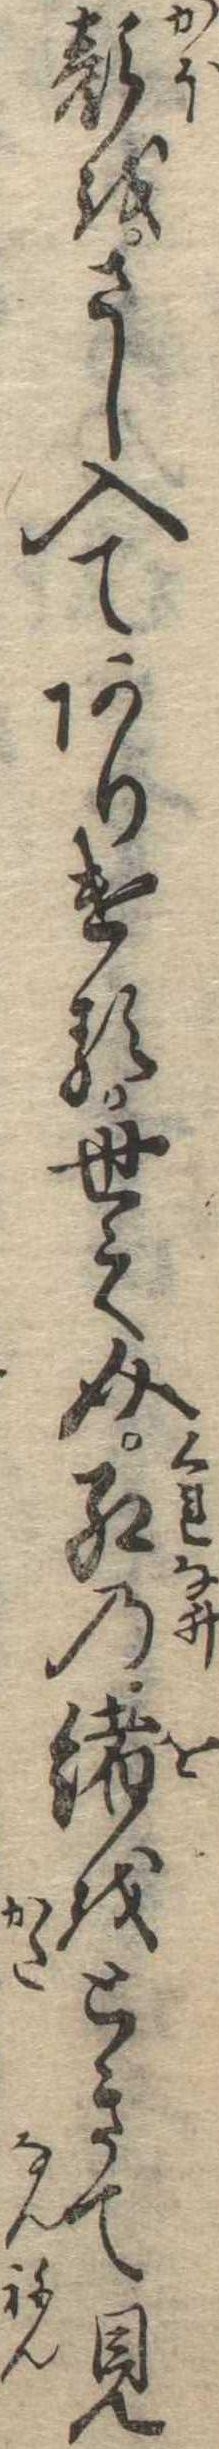
顔をさし入てありける世之介紅の緒をときて見